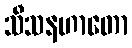
သီသနဟာတော